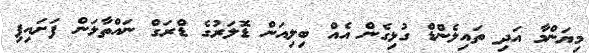
މިޔަންމާ އަދި ތައިލެންޑް ގުޅިގެން އެއް ބިލިއަން ޑޮލަރުގެ ޑްރަގް ނައްތާލަން ފަށައިފި